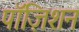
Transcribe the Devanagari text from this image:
पॉज़िशन